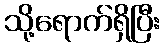
သို့ရောက်ရှိပြီး